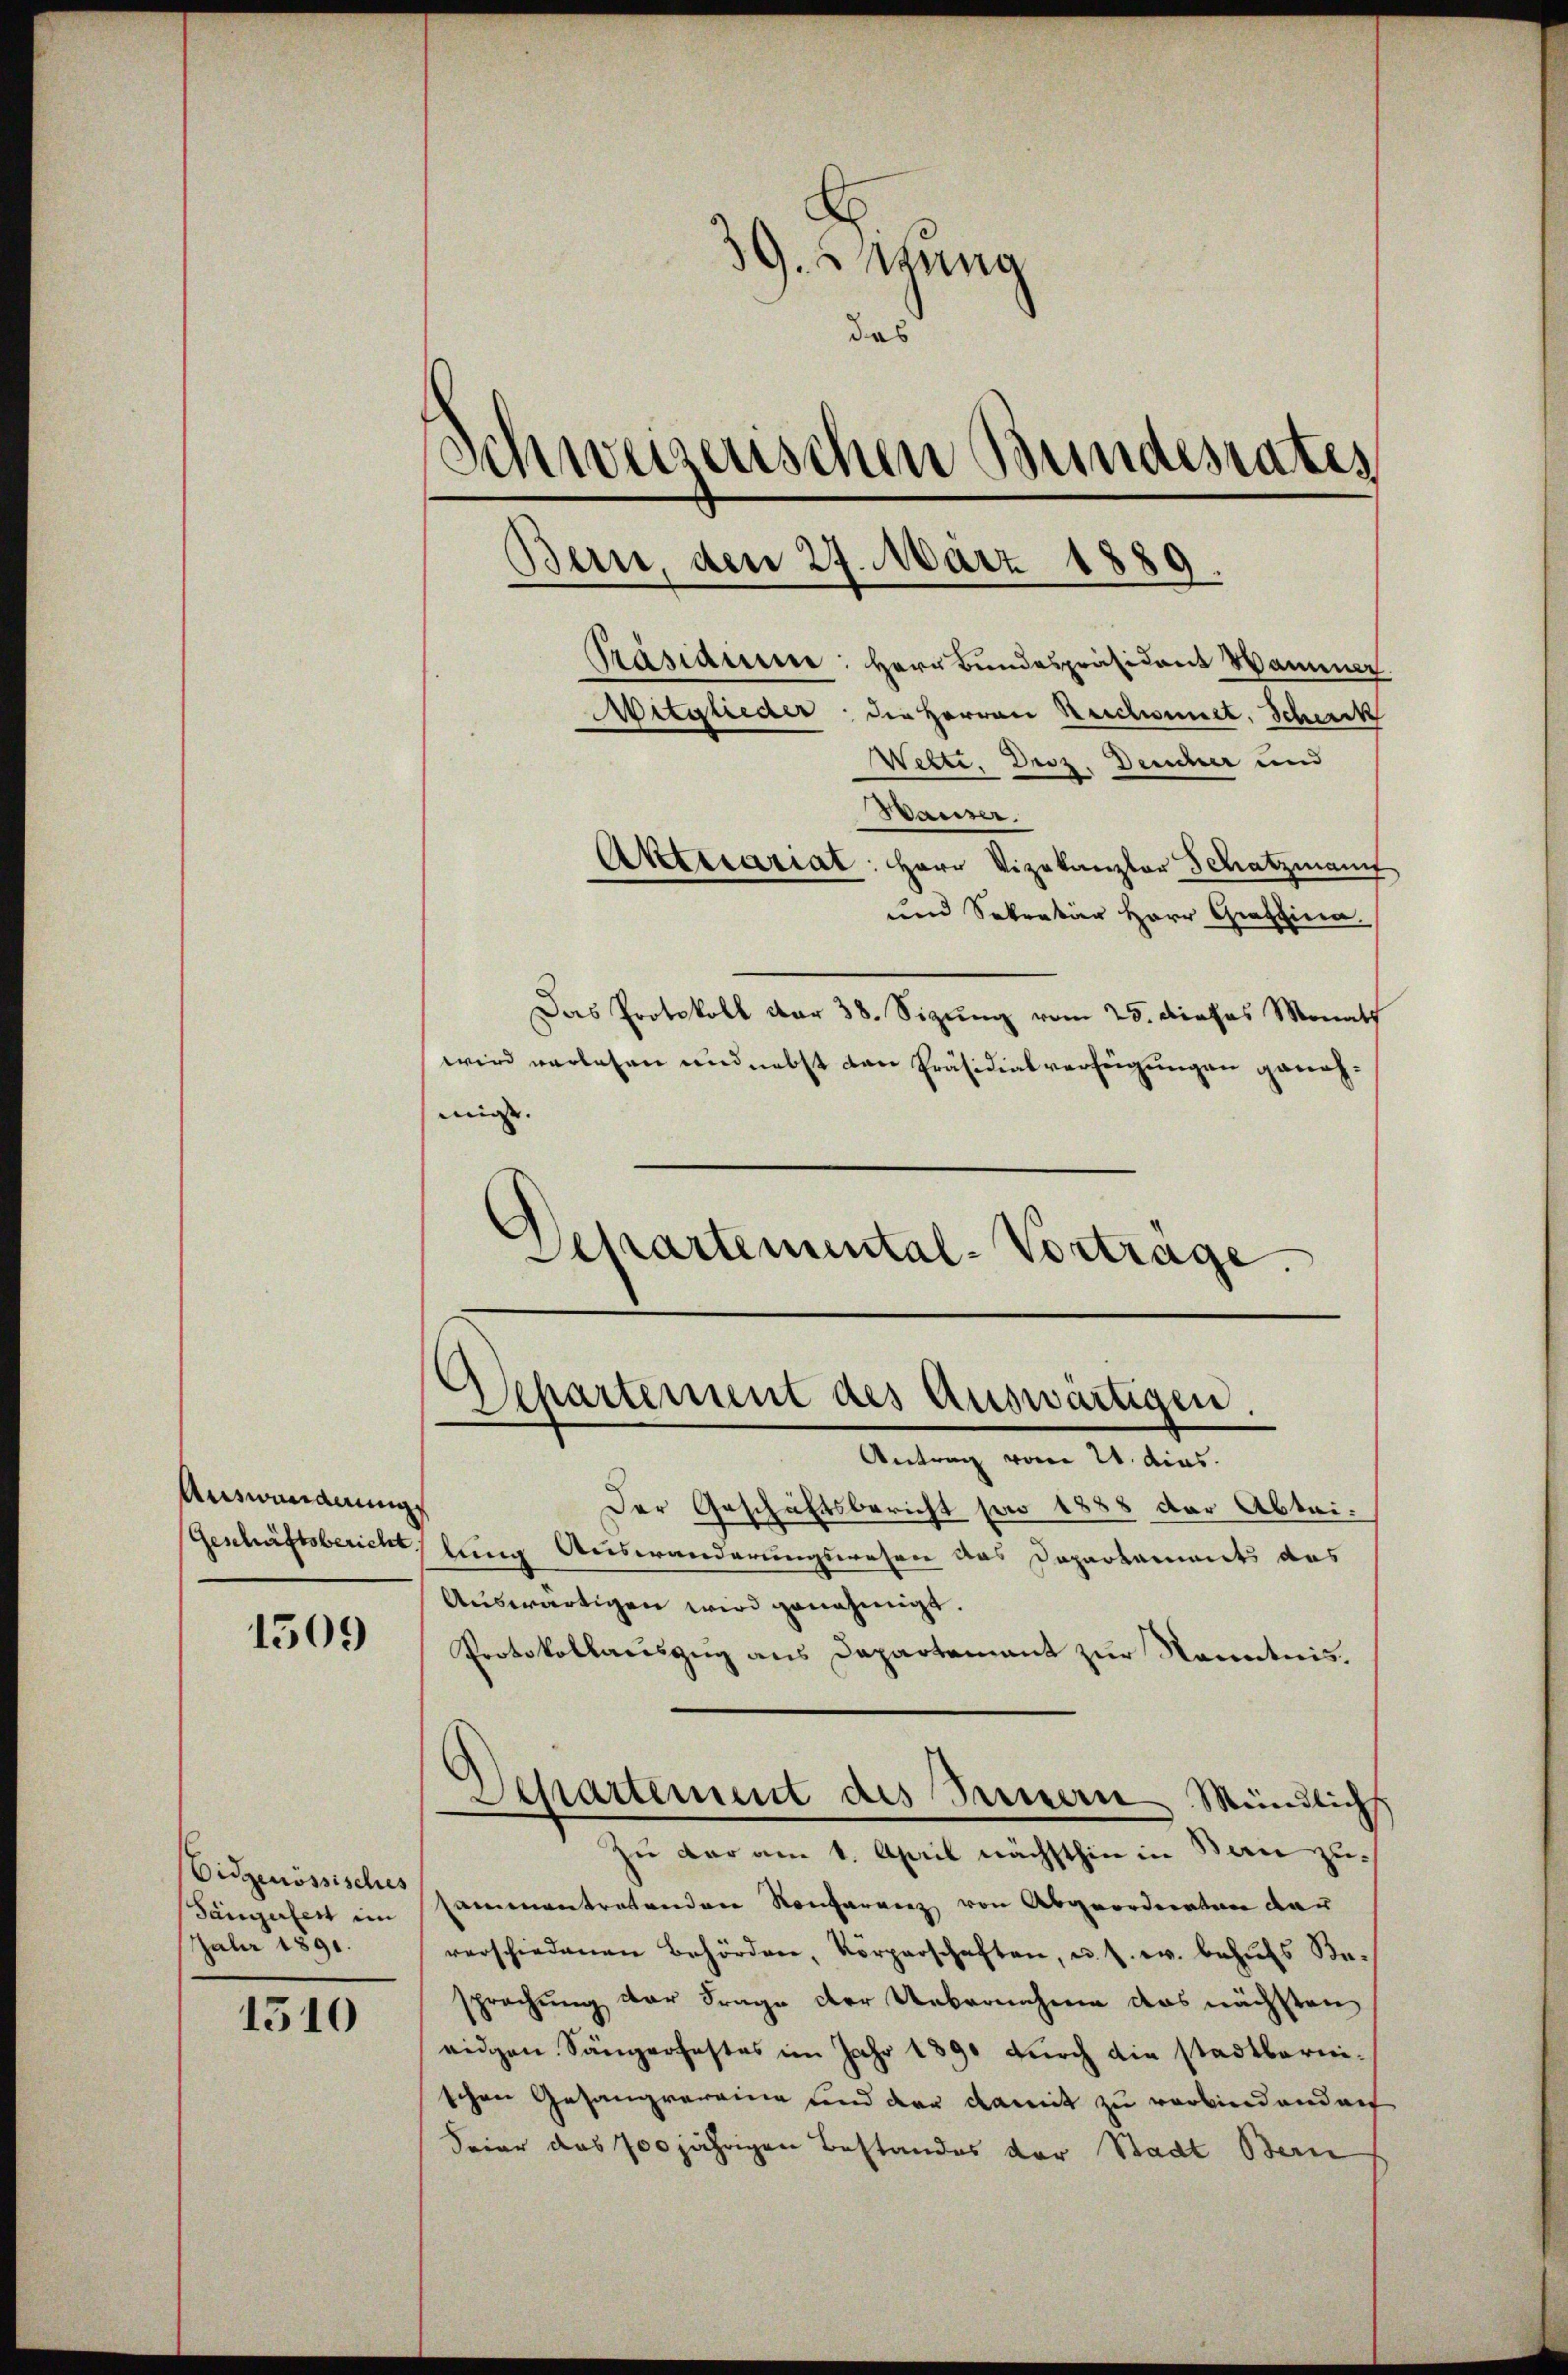
Auswandnung
Geschäftsbericht

1509

Aktecariat: Herr Vizekanzler Schatzmann
und Sokration Herr Gratia.
Das Protokoll dar 38. Sizung vom 25. dieses Monath
wird verlesen und nebst den Präsidialverfeigungen genehmigt. |
Separtemental-Vortrage.

Eidgenössisches
Sängerfert im
Jahr 1891.

1510

39. ung
das
Schweizenschen Bundesrates
Bern, den 27. März 1889.
Präsidium: Herr Bundespräsident Wamner
Mitglieder die Herren Reichwornet, Scherck
Wette, Droz. Deucher und
Hariser.

Departement des Auswärtigen.

Antrag vom 21. dies
Der Geschäftsbericht pro 1888 der Abteilung Auswanderungswesen das Departaments das
Auswärtigen wird genehmigt.
Protokollauszug aus Departement zur Kenntnis.
zu der am 1. April nächsthin in Bau zusamenantretenden Konferenz von Abgeordneten dar
verschiedenen Behörden, Körperschaften, u. s. w. behŭfs Besprachung der Frage der Uebernahme das nächsten
eidgen. Sängerhaftes im Jahr 1890 durch die stadtberni-
schen Gesangvereine und der damit zu verbindendant
Feier das 700 jährigen Bestandes der Stadt Bern

Separtement des Sauern Mündlichs